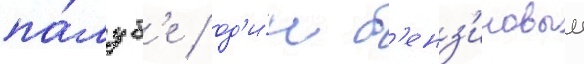
па́луб'е / од'и́н б'енз'иновыи